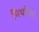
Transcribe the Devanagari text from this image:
मिथरिल